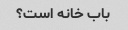
باب خانه است؟